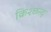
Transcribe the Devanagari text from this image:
क्रिश्छन्द्